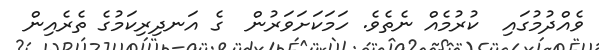
ވެއްދުމުގައި  ކުރުމެއް ނެތެވެ. ހަމަކަށަވަރުން  ގެ އަނދިރިކަމުގެ ތެރެއިން